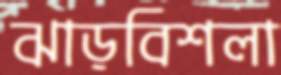
ঝাড়বিশলা